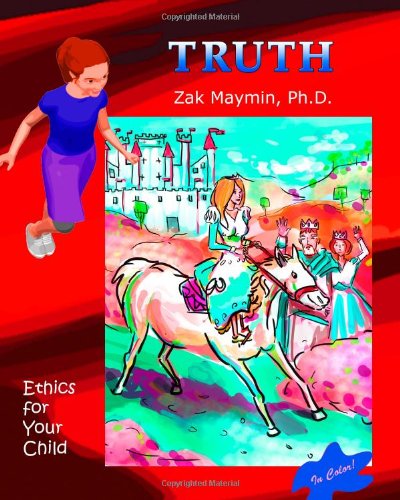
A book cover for Truth: Ethics for Your Child (Color Edition); Ph.D, Zak Maymin; Children's Books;